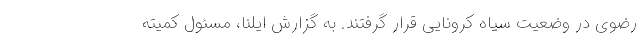
رضوی در وضعیت سیاه کرونایی قرار گرفتند. به گزارش ایلنا، مسئول کمیته